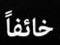
خانفا